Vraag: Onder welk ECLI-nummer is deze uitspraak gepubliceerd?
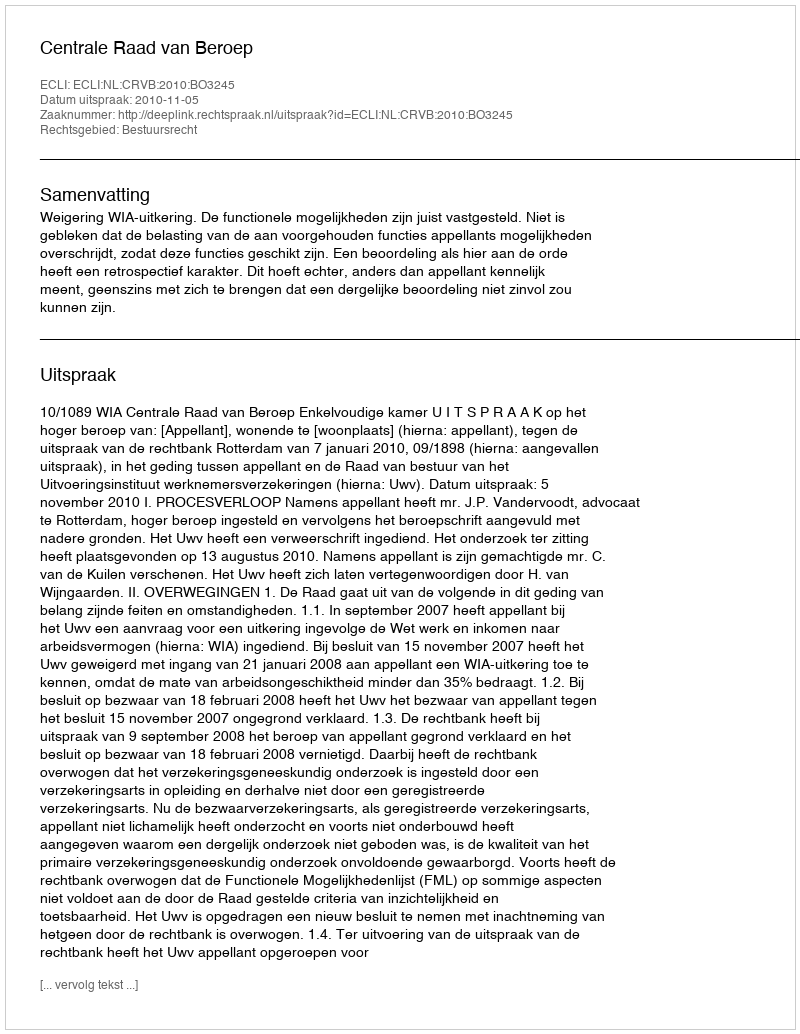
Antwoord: ECLI:NL:CRVB:2010:BO3245